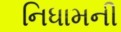
નિધામની